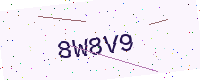
Text: 8W8V9